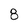
Character: 8